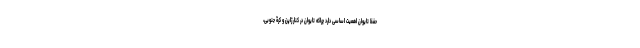
حفظ تایوان اهمیت اساسی دارد چراکه تایوان در کنار ژاپن و کرۀ جنوبی،